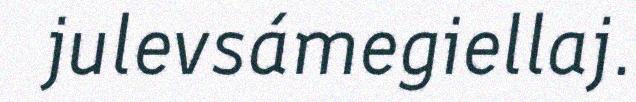
julevsámegiellaj.